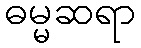
ဓမ္မဆရာ